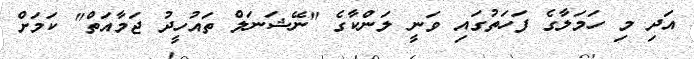
އަދި މި ހަމަލާގެ ފަހަތުގައި ވަނީ ލަންކާގެ "ނޭޝަނަލް ތައުހީދު ޖަމާއަތް" ކަމަށް